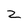
Character: z